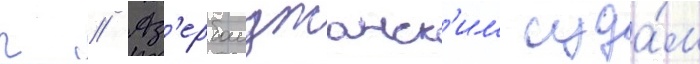
г // Аз'ербаиджанск'им суда́м